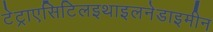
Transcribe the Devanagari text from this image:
टेट्राएसिटिलइथाइलनेडाइमीन